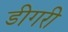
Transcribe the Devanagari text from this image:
डीगरी